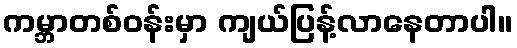
ကမ္ဘာတစ်ဝန်းမှာ ကျယ်ပြန့်လာနေတာပါ။